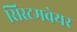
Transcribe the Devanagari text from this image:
सिस्टमवेयर